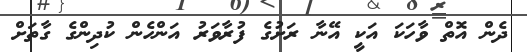
ދެން އޮތް ވާހަކަ އަކީ އޭނާ ރަށުގެ ފުރާވަރު އަންހެން ކުދިންގެ ގާތަށް